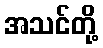
အသင်တို့